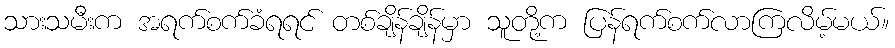
သားသမီးက အရက်စက်ခံရရင် တစ်ချိန်ချိန်မှာ သူတို့က ပြန်ရက်စက်လာကြလိမ့်မယ်။